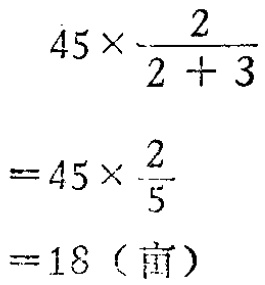
\[

\begin{align*}

&45\times\frac{2}{2 + 3}\\

=&45\times\frac{2}{5}\\

=&18（亩）

\end{align*}

\]